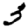
Digit: 3